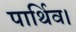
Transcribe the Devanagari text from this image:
पार्थिव।